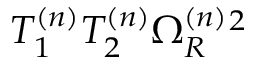
T _ { 1 } ^ { ( n ) } T _ { 2 } ^ { ( n ) } \Omega _ { R } ^ { ( n ) } { } ^ { 2 }